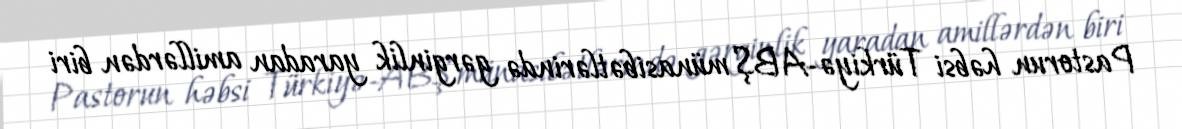
Pastorun həbsi Türkiyə-ABŞ münasibətlərində gərginlik yaradan amillərdən biri